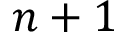
n + 1